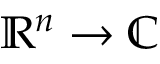
\mathbb { R } ^ { n } \to \mathbb { C }